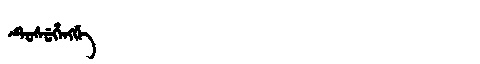
Manchu: ᡨᡠᠰᡠᡥᡝᠩᡤᡝ
Romanization: TUSUHENGGE